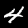
Label: 4